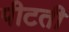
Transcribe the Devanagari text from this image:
पीटती